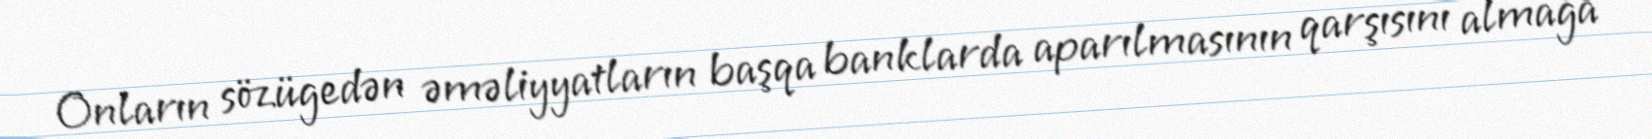
Onların sözügedən əməliyyatların başqa banklarda aparılmasının qarşısını almağa